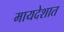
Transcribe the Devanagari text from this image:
मायदेशात